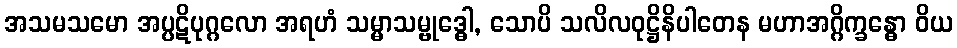
အသမသမော အပ္ပဋိပုဂ္ဂလော အရဟံ သမ္မာသမ္ဗုဒ္ဓေါ, သောပိ သလိလဝုဋ္ဌိနိပါတေန မဟာအဂ္ဂိက္ခန္ဓော ဝိယ